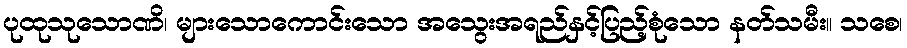
ပုထုသုသောဏိ၊ များသောကောင်းသော အသွေးအရည်နှင့်ပြည့်စုံသော နတ်သမီး။ သစေ၊